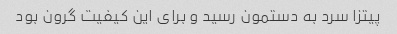
پیتزا سرد به دستمون رسید و برای این کیفیت گرون بود